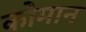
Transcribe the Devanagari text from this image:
कोमान